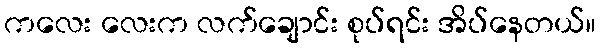
ကလေး လေးက လက်ချောင်း စုပ်ရင်း အိပ်နေတယ်။